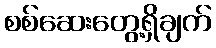
စစ်ဆေးတွေ့ရှိချက်